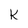
Character: k